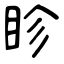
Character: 眕